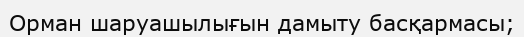
Орман шаруашылығын дамыту басқармасы;